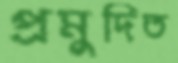
প্রমুদিত